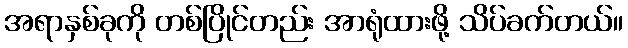
အရာနှစ်ခုကို တစ်ပြိုင်တည်း အာရုံထားဖို့ သိပ်ခက်တယ်။